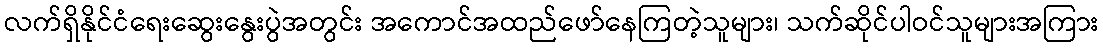
လက်ရှိနိုင်ငံရေးဆွေးနွေးပွဲအတွင်း အကောင်အထည်ဖော်နေကြတဲ့သူများ၊ သက်ဆိုင်ပါဝင်သူများအကြား